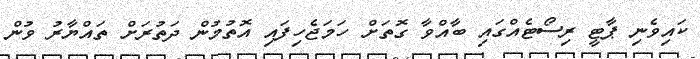
ކައިވެނި ޕާޓީ ރިސޯޓެއްގައި ބާއްވާ ގޮތަށް ހަމަޖެހިފައި އޮތުމުން ދަތުރަށް ތައްޔާރު ވުން